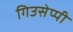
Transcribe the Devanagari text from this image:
गिउसेप्पी